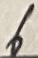
Text: 6